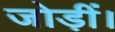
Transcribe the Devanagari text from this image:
जोड़ीं।